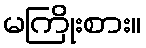
မကြိုးစား။